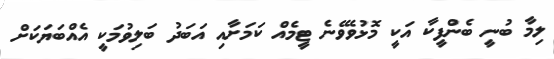
ލިމާ ބުނީ ބެންފީކާ އަކީ މޮޅުވެވޭނެ ޓީމެއް ކަމަށާއި އަބަދު ބަލިވުމަކީ އެއްބަޔަކަށް